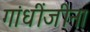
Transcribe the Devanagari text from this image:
गांधींजीना